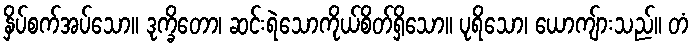
နှိပ်စက်အပ်သော။ ဒုက္ခိတော၊ ဆင်းရဲသောကိုယ်စိတ်ရှိသော။ ပုရိသော၊ ယောကျ်ားသည်။ တံ